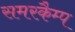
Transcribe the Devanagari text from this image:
समरकैम्प